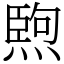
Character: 𤍥